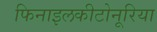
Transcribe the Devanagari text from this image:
फिनाइलकीटोनूरिया